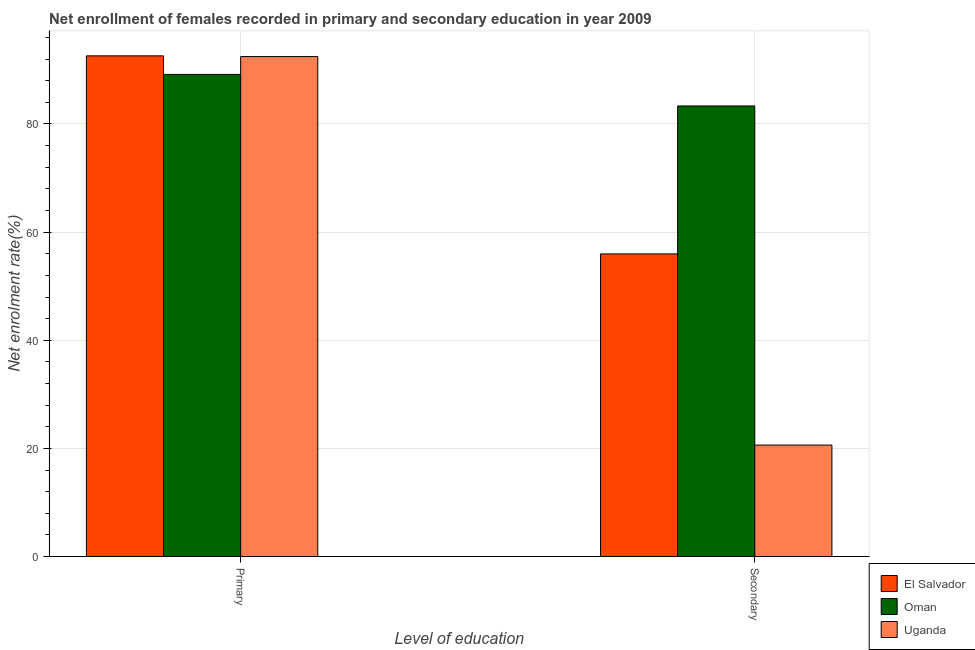
| Level of education | El Salvador | Oman | Uganda |
 | --- | --- | --- | --- |
 | Primary | 92.6 | 89.2 | 92.5 |
 | Secondary | 56 | 83.3 | 20.6 |